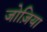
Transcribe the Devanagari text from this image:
जोज़िया